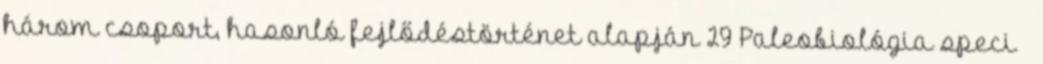
három csoport, hasonló fejlődéstörténet alapján 29 Paleobiológia speci –